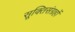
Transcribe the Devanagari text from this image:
सूक्तिसंग्रहों